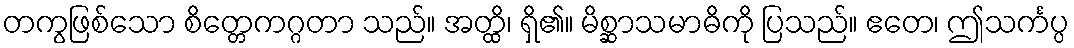
တကွဖြစ်သော စိတ္တေကဂ္ဂတာ သည်။ အတ္ထိ၊ ရှိ၏။ မိစ္ဆာသမာဓိကို ပြသည်။ ဧတေ၊ ဤသင်္ကပ္ပ